Insane asylums Bombay 1873-77 - 1873-1877
Year: 1873
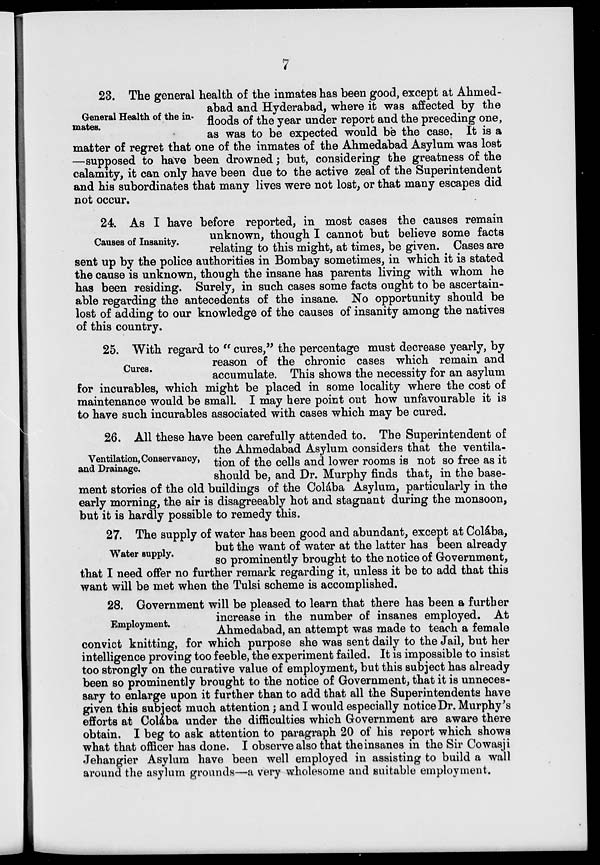
7
General Health of the in-
mates.
23. The general health of the inmates has been good, except at Ahmed-
abad and Hyderabad, where it was affected by the
floods of the year under report and the preceding one,
as was to be expected would be the case. It is a
matter of regret that one of the inmates of the Ahmedabad Asylum was lost
—supposed to have been drowned ; but, considering the greatness of the
calamity, it can only have been due to the active zeal of the Superintendent
and his subordinates that many lives were not lost, or that many escapes did
not occur.
Causes of Insanity.
24. As I have before reported, in most cases the causes remain
unknown, though I cannot but believe some facts
relating to this might, at times, be given. Cases are
sent up by the police authorities in Bombay sometimes, in which it is stated
the cause is unknown, though the insane has parents living with whom he
has been residing. Surely, in such cases some facts ought to be ascertain-
able regarding the antecedents of the insane. No opportunity should be
lost of adding to our knowledge of the causes of insanity among the natives
of this country.
Cures.
25. With regard to " cures," the percentage must decrease yearly, by
reason of the chronic cases which remain and
accumulate. This shows the necessity for an asylum
for incurables, which might be placed in some locality where the cost of
maintenance would be small. I may here point out how unfavourable it is
to have such incurables associated with cases which may be cured.
Ventilation, Conservancy,
and Drainage.
26. All these have been carefully attended to. The Superintendent of
the Ahmedabad Asylum considers that the ventila-
tion of the cells and lower rooms is not so free as it
should be, and Dr. Murphy finds that, in the base-
ment stories of the old buildings of the Colába Asylum, particularly in the
early morning, the air is disagreeably hot and stagnant during the monsoon,
but it is hardly possible to remedy this.
Water supply.
27. The supply of water has been good and abundant, except at Colába,
but the want of water at the latter has been already
so prominently brought to the notice of Government,
that I need offer no further remark regarding it, unless it be to add that this
want will be met when the Tulsi scheme is accomplished.
Employment.
28. Government will be pleased to learn that there has been a further
increase in the number of insanes employed. At
Ahmedabad, an attempt was made to teach a female
convict knitting, for which purpose she was sent daily to the Jail, but her
intelligence proving too feeble, the experiment failed. It is impossible to insist
too strongly on the curative value of employment, but this subject has already
been so prominently brought to the notice of Government, that it is unneces-
sary to enlarge upon it further than to add that all the Superintendents have
given this subject much attention ; and I would especially notice Dr. Murphy's
efforts at Colába under the difficulties which Government are aware there
obtain. I beg to ask attention to paragraph 20 of his report which shows
what that officer has done. I observe also that the insanes in the Sir Cowasji
Jehangier Asylum have been well employed in assisting to build a wall
around the asylum grounds—a very wholesome and suitable employment.